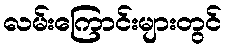
လမ်းကြောင်းများတွင်